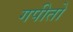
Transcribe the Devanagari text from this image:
गपीतो